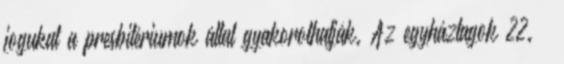
jogukat a presbitériumok által gyakorolhatják. Az egyháztagok 22. §